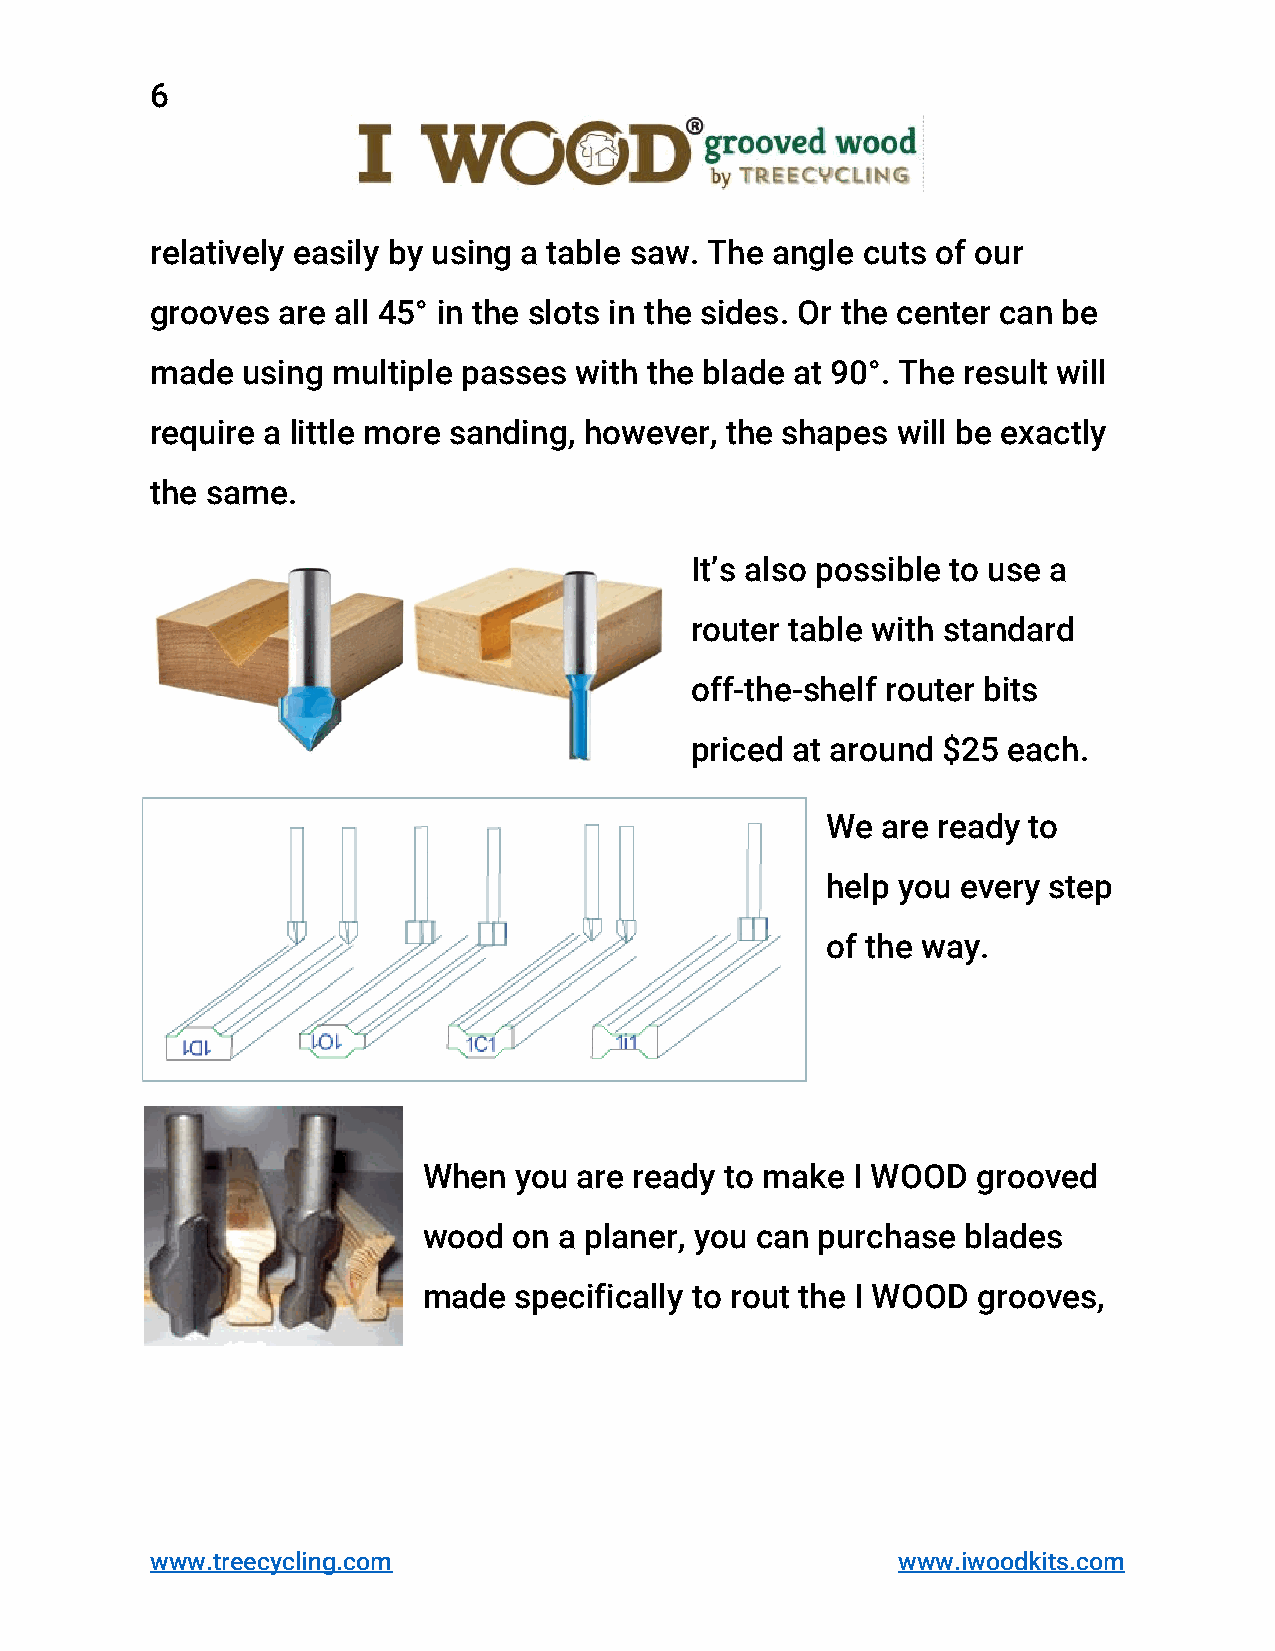
6
 relatively easily by using a table saw. The angle cuts of our
 grooves are all 45° in the slots in the sides. Or the center can be
 made  using multiple passes with the blade at 90°. The result will
 require a little more sanding, however, the shapes will be exactly
 the same.
 It’s also possible to use a
 router table with standard
 off-the-shelf router bits
 priced at around $25 each.
 We are ready to
 help you every step
 of the way.
 When  you are ready to make I WOOD   grooved
 wood  on a planer, you can purchase blades
 made  specifically to rout the I WOOD grooves,
 www.treecycling.com                              www.iwoodkits.com